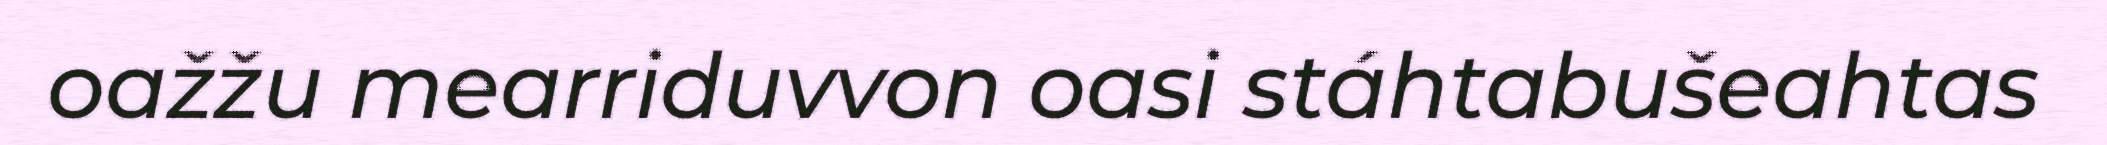
oažžu mearriduvvon oasi stáhtabušeahtas